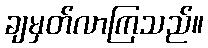
ချမှတ်လာကြသည်။